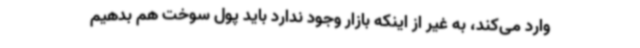
وارد می‌کند، به غیر از اینکه بازار وجود ندارد باید پول سوخت هم بدهیم